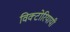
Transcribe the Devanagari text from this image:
विक्टोरियायी